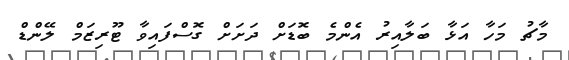
މާޗު މަހާ އަޅާ ބަލާއިރު އެންމެ ބޮޑަށް ދަށަށް ގޮސްފައިވާ ޓޫރިޒަމް ލޭންޑް